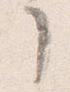
了